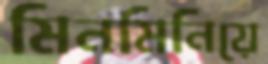
মিনমিনিয়ে